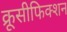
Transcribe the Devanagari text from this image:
क्रूसीफिक्शन